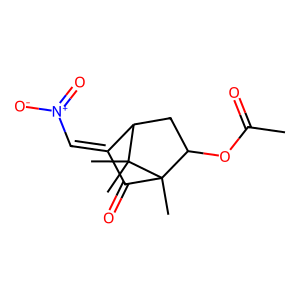
SMILES: CC(=O)OC1CC2C(=C[N+](=O)[O-])C(=O)C1(C)C2(C)C
Inhibits HIV replication: No